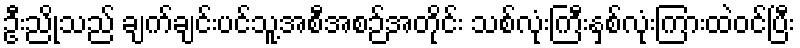
ဦးညိုသည် ချက်ချင်းပင်သူ့အစီအစဉ်အတိုင်း သစ်လုံးကြီးနှစ်လုံးကြားထဲဝင်ပြီး